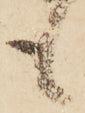
も